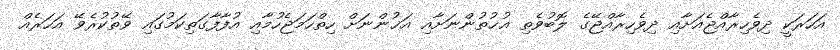
އަހަރަކީ ދިވެހިރާއްޖެއަށާއި ދިވެހިރާއްޖޭގެ ލޮބުވެތި އުޚުތުންނަށާއި އަޚުންނަށް ހިތްހަމަޖެހުމާއި އުފާފާގަތިކަމުގައި ވޭތުކުރެވޭ އަހަރެއް